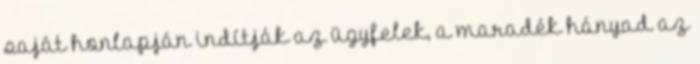
saját honlapján indítják az ügyfelek, a maradék hányad az